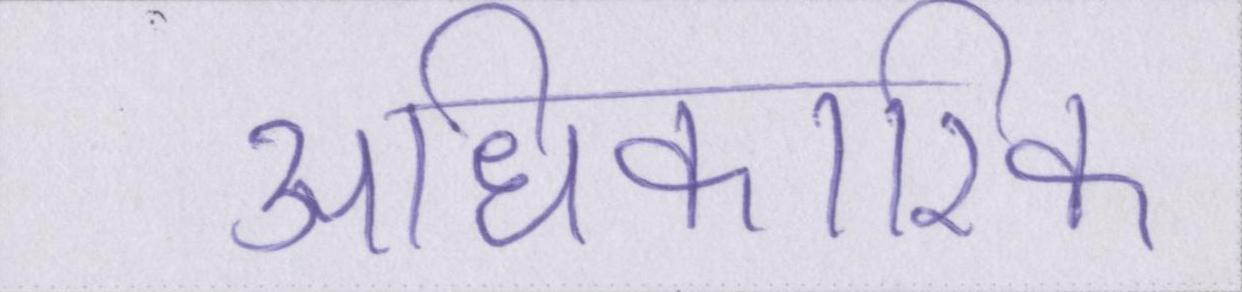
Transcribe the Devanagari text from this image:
आधिकारिक